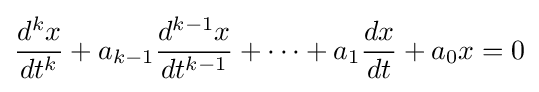
{\frac {d^{k}x}{dt^{k}}}+a_{k-1}{\frac {d^{k-1}x}{dt^{k-1}}}+\cdots +a_{1}{\frac {dx}{dt}}+a_{0}x=0